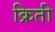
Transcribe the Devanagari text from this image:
क्रिती